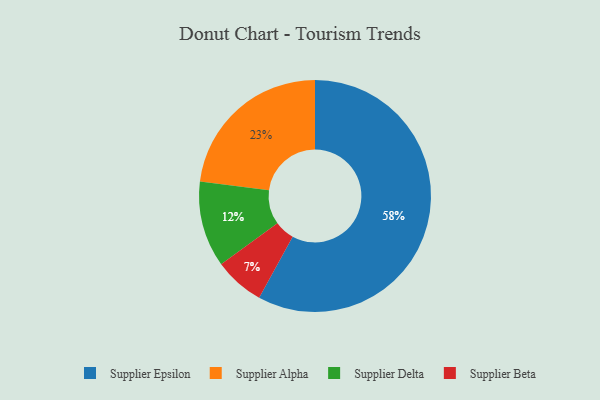
{"axis": {"x": "Category", "y": "Percentage"}, "legend": ["Supplier Alpha", "Supplier Beta", "Supplier Delta", "Supplier Epsilon"], "data": [{"x": "Supplier Epsilon", "y": 58, "type": "Supplier Epsilon"}, {"x": "Supplier Beta", "y": 7, "type": "Supplier Beta"}, {"x": "Supplier Alpha", "y": 23, "type": "Supplier Alpha"}, {"x": "Supplier Delta", "y": 12, "type": "Supplier Delta"}]}